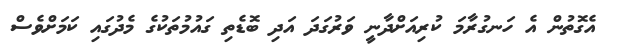
އެގޮތުން އެ ހަނގުރާމަ ކުރިއަށްދާނީ ވަރުގަދަ އަދި ބޮޑެތި ގައުމުތަކުގެ މެދުގައި ކަމަށްވެސް